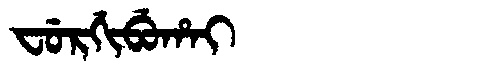
Manchu: ᠸᡠᡵᡤᡳᠪᡠᡥᠠᡳ
Romanization: FURGIBUHAI